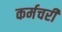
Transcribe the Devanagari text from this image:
कर्मचरी